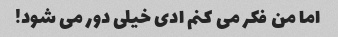
اما من فکر می کنم ادی خیلی دور می شود!